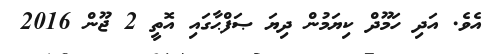
އެވެ. އަދި ހަމޫދް ކިޔަމުން ދިޔަ ޞަފްޙާގައި އޮތީ 2 ޖޫން 2016